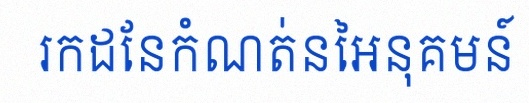
រកដែនកំណត់នៃអនុគមន៍